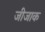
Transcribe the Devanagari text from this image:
जीजाक